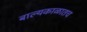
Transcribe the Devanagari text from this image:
बाल्यकाळातच